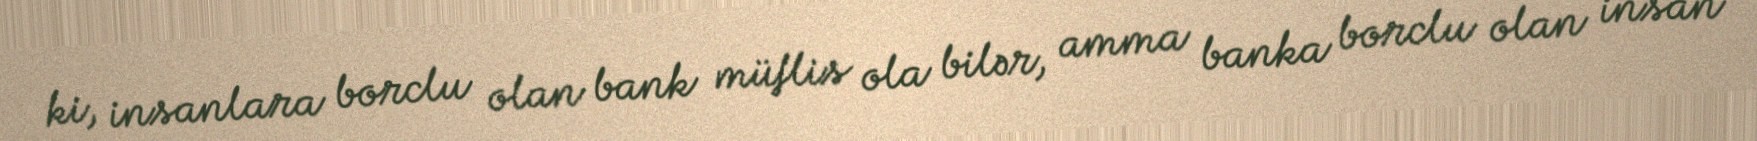
ki, insanlara borclu olan bank müflis ola bilər, amma banka borclu olan insan